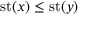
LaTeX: \operatorname { s t } ( x ) \leq \operatorname { s t } ( y )